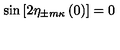
\sin \left[ 2 \eta _ { \pm m \kappa } \left( 0 \right) \right] = 0